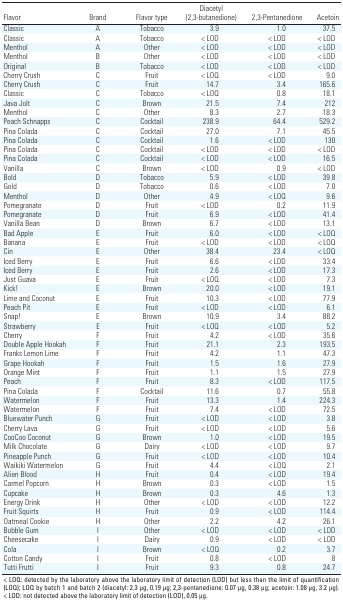
<table><thead><tr><td><b>Flavor</b></td><td><b>Brand</b></td><td><b>Flavor type</b></td><td><b>Diacetyl (2,3-butanedione)</b></td><td><b>2,3-Pentanedione</b></td><td><b>Acetoin</b></td></tr></thead><tbody><tr><td><b>Classic</b></td><td>A</td><td>Tobacco</td><td>3.9</td><td>1.0</td><td>37.5</td></tr><tr><td><b>Classic</b></td><td>A</td><td>Tobacco</td><td>&lt; LOD</td><td>&lt; LOD</td><td>&lt; LOD</td></tr><tr><td><b>Menthol</b></td><td>A</td><td>Other</td><td>&lt; LOD</td><td>&lt; LOD</td><td>&lt; LOD</td></tr><tr><td><b>Menthol</b></td><td>B</td><td>Other</td><td>&lt; LOD</td><td>&lt; LOD</td><td>&lt; LOD</td></tr><tr><td><b>Original</b></td><td>B</td><td>Tobacco</td><td>&lt; LOD</td><td>&lt; LOD</td><td>&lt; LOD</td></tr><tr><td><b>Cherry Crush</b></td><td>C</td><td>Fruit</td><td>&lt; LOQ</td><td>&lt; LOD</td><td>9.0</td></tr><tr><td><b>Cherry Crush</b></td><td>C</td><td>Fruit</td><td>14.7</td><td>3.4</td><td>165.6</td></tr><tr><td><b>Classic</b></td><td>C</td><td>Tobacco</td><td>&lt; LOQ</td><td>0.8</td><td>18.1</td></tr><tr><td><b>Java Jolt</b></td><td>C</td><td>Brown</td><td>21.5</td><td>7.4</td><td>212</td></tr><tr><td><b>Menthol</b></td><td>C</td><td>Other</td><td>8.3</td><td>2.7</td><td>18.3</td></tr><tr><td><b>Peach Schnapps</b></td><td>C</td><td>Cocktail</td><td>238.9</td><td>64.4</td><td>529.2</td></tr><tr><td><b>Pina Colada</b></td><td>C</td><td>Cocktail</td><td>27.0</td><td>7.1</td><td>45.5</td></tr><tr><td><b>Pina Colada</b></td><td>C</td><td>Cocktail</td><td>1.6</td><td>&lt; LOD</td><td>130</td></tr><tr><td><b>Pina Colada</b></td><td>C</td><td>Cocktail</td><td>&lt; LOD</td><td>&lt; LOD</td><td>&lt; LOD</td></tr><tr><td><b>Pina Colada</b></td><td>C</td><td>Cocktail</td><td>&lt; LOD</td><td>&lt; LOD</td><td>16.5</td></tr><tr><td><b>Vanilla</b></td><td>C</td><td>Brown</td><td>&lt; LOD</td><td>0.9</td><td>&lt; LOD</td></tr><tr><td><b>Bold</b></td><td>D</td><td>Tobacco</td><td>5.9</td><td>&lt; LOD</td><td>39.8</td></tr><tr><td><b>Gold</b></td><td>D</td><td>Tobacco</td><td>0.6</td><td>&lt; LOD</td><td>7.0</td></tr><tr><td><b>Menthol</b></td><td>D</td><td>Other</td><td>4.9</td><td>&lt; LOQ</td><td>9.6</td></tr><tr><td><b>Pomegranate</b></td><td>D</td><td>Fruit</td><td>&lt; LOD</td><td>0.2</td><td>11.9</td></tr><tr><td><b>Pomegranate</b></td><td>D</td><td>Fruit</td><td>6.9</td><td>&lt; LOD</td><td>41.4</td></tr><tr><td><b>Vanilla Bean</b></td><td>D</td><td>Brown</td><td>6.7</td><td>&lt; LOD</td><td>13.1</td></tr><tr><td><b>Bad Apple</b></td><td>E</td><td>Fruit</td><td>6.0</td><td>&lt; LOD</td><td>&lt; LOQ</td></tr><tr><td><b>Banana</b></td><td>E</td><td>Fruit</td><td>&lt; LOD</td><td>&lt; LOD</td><td>&lt; LOQ</td></tr><tr><td><b>Cin</b></td><td>E</td><td>Other</td><td>38.4</td><td>23.4</td><td>&lt; LOQ</td></tr><tr><td><b>Iced Berry</b></td><td>E</td><td>Fruit</td><td>6.6</td><td>&lt; LOD</td><td>33.4</td></tr><tr><td><b>Iced Berry</b></td><td>E</td><td>Fruit</td><td>2.6</td><td>&lt; LOD</td><td>17.3</td></tr><tr><td><b>Just Guava</b></td><td>E</td><td>Fruit</td><td>&lt; LOQ</td><td>&lt; LOD</td><td>7.3</td></tr><tr><td><b>Kick!</b></td><td>E</td><td>Brown</td><td>20.0</td><td>&lt; LOD</td><td>19.1</td></tr><tr><td><b>Lime and Coconut</b></td><td>E</td><td>Fruit</td><td>10.3</td><td>&lt; LOD</td><td>77.9</td></tr><tr><td><b>Peach Pit</b></td><td>E</td><td>Fruit</td><td>&lt; LOD</td><td>&lt; LOD</td><td>6.1</td></tr><tr><td><b>Snap!</b></td><td>E</td><td>Brown</td><td>10.9</td><td>3.4</td><td>88.2</td></tr><tr><td><b>Strawberry</b></td><td>E</td><td>Fruit</td><td>&lt; LOQ</td><td>&lt; LOD</td><td>5.2</td></tr><tr><td><b>Cherry</b></td><td>F</td><td>Fruit</td><td>4.2</td><td>&lt; LOD</td><td>35.6</td></tr><tr><td><b>Double Apple Hookah</b></td><td>F</td><td>Fruit</td><td>21.1</td><td>2.3</td><td>193.5</td></tr><tr><td><b>Franks Lemon Lime</b></td><td>F</td><td>Fruit</td><td>4.2</td><td>1.1</td><td>47.3</td></tr><tr><td><b>Grape Hookah</b></td><td>F</td><td>Fruit</td><td>1.5</td><td>1.6</td><td>27.9</td></tr><tr><td><b>Orange Mint</b></td><td>F</td><td>Fruit</td><td>1.1</td><td>1.5</td><td>27.9</td></tr><tr><td><b>Peach</b></td><td>F</td><td>Fruit</td><td>8.3</td><td>&lt; LOD</td><td>117.5</td></tr><tr><td><b>Pina Colada</b></td><td>F</td><td>Cocktail</td><td>11.6</td><td>0.7</td><td>55.8</td></tr><tr><td><b>Watermelon</b></td><td>F</td><td>Fruit</td><td>13.3</td><td>1.4</td><td>224.3</td></tr><tr><td><b>Watermelon</b></td><td>F</td><td>Fruit</td><td>7.4</td><td>&lt; LOD</td><td>72.5</td></tr><tr><td><b>Bluewater Punch</b></td><td>G</td><td>Fruit</td><td>&lt; LOD</td><td>&lt; LOD</td><td>3.8</td></tr><tr><td><b>Cherry Lava</b></td><td>G</td><td>Fruit</td><td>&lt; LOD</td><td>&lt; LOD</td><td>5.6</td></tr><tr><td><b>CooCoo Coconut</b></td><td>G</td><td>Brown</td><td>1.0</td><td>&lt; LOD</td><td>19.5</td></tr><tr><td><b>Milk Chocolate</b></td><td>G</td><td>Dairy</td><td>&lt; LOD</td><td>&lt; LOD</td><td>9.7</td></tr><tr><td><b>Pineapple Punch</b></td><td>G</td><td>Fruit</td><td>&lt; LOD</td><td>&lt; LOD</td><td>10.4</td></tr><tr><td><b>Waikiki Watermelon</b></td><td>G</td><td>Fruit</td><td>4.4</td><td>&lt; LOQ</td><td>2.1</td></tr><tr><td><b>Alien Blood</b></td><td>H</td><td>Fruit</td><td>0.4</td><td>&lt; LOD</td><td>19.4</td></tr><tr><td><b>Carmel Popcorn</b></td><td>H</td><td>Brown</td><td>0.3</td><td>&lt; LOD</td><td>1.5</td></tr><tr><td><b>Cupcake</b></td><td>H</td><td>Brown</td><td>0.3</td><td>4.6</td><td>1.3</td></tr><tr><td><b>Energy Drink</b></td><td>H</td><td>Other</td><td>&lt; LOD</td><td>&lt; LOD</td><td>12.2</td></tr><tr><td><b>Fruit Squirts</b></td><td>H</td><td>Fruit</td><td>0.9</td><td>&lt; LOD</td><td>114.4</td></tr><tr><td><b>Oatmeal Cookie</b></td><td>H</td><td>Other</td><td>2.2</td><td>4.2</td><td>26.1</td></tr><tr><td><b>Bubble Gum</b></td><td>I</td><td>Other</td><td>&lt; LOD</td><td>&lt; LOD</td><td>&lt; LOD</td></tr><tr><td><b>Cheesecake</b></td><td>I</td><td>Dairy</td><td>0.9</td><td>&lt; LOD</td><td>&lt; LOD</td></tr><tr><td><b>Cola</b></td><td>I</td><td>Brown</td><td>&lt; LOQ</td><td>0.2</td><td>3.7</td></tr><tr><td><b>Cotton Candy</b></td><td>I</td><td>Fruit</td><td>0.8</td><td>&lt; LOD</td><td>8</td></tr><tr><td><b>Tutti Frutti</b></td><td>I</td><td>Fruit</td><td>9.3</td><td>0.8</td><td>24.7</td></tr><tr><td colspan="6">&lt; LOQ: detected by the laboratory above the laboratory limit of detection (LOD) but less than the limit of quantification (LOQ); LOQ by batch 1 and batch 2 (diacetyl: 2.3 μg, 0.19 μg; 2,3-pentanedione: 0.07 μg, 0.38 μg; acetoin: 1.08 μg, 3.2 μg). &lt; LOD: not detected above the laboratory limit of detection (LOD), 0.05 μg.</td></tr></tbody></table>